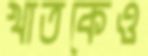
খাতকেও